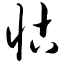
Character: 怙